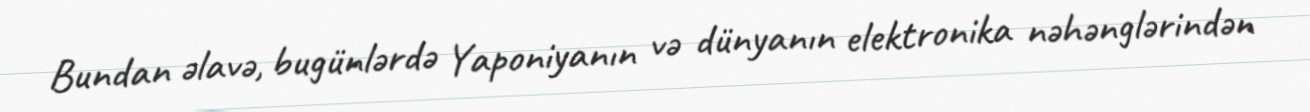
Bundan əlavə, bugünlərdə Yaponiyanın və dünyanın elektronika nəhənglərindən